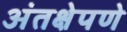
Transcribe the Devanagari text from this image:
अंतक्षेपणे